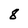
Character: 8